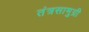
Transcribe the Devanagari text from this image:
तंत्रसामुग्री